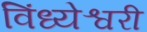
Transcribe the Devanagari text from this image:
विंध्येश्वरी